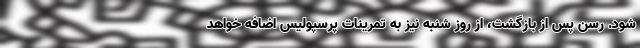
شود. رسن پس از بازگشت، از روز شنبه نیز به تمرینات پرسپولیس اضافه خواهد